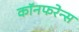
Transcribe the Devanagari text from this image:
कॉनफरेन्स